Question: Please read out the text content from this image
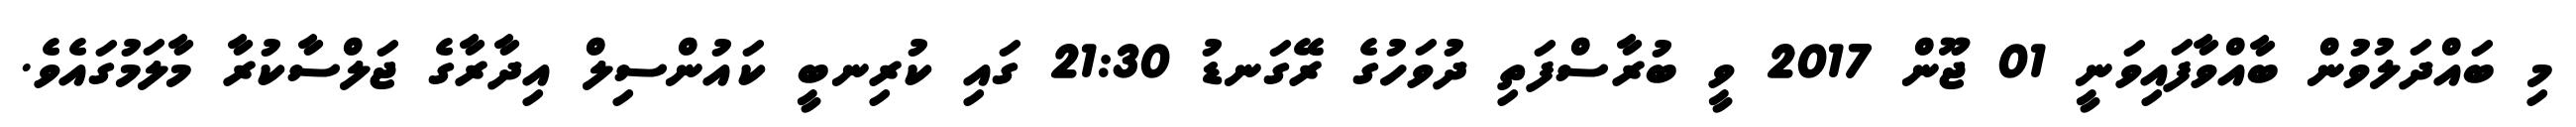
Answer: މި ބައްދަލުވުން ބާއްވާފައިވަނީ 01 ޖޫން 2017 ވީ ބުރާސްފަތި ދުވަހުގެ ރޭގަނޑު 21:30 ގައި ކުރިނބީ ކައުންސިލް އިދާރާގެ ޖަލްސާކުރާ މާލަމުގައެވެ.